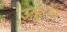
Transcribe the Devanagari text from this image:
उऩ्होंने